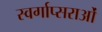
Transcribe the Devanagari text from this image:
स्वर्गाप्सराओं